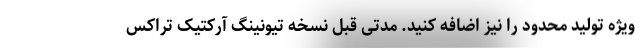
ویژه تولید محدود را نیز اضافه کنید. مدتی قبل نسخه تیونینگ آرکتیک تراکس